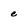
Character: e